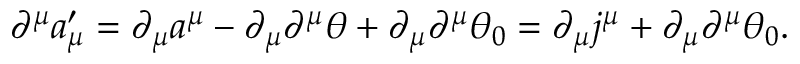
\partial ^ { \mu } a _ { \mu } ^ { \prime } = \partial _ { \mu } a ^ { \mu } - \partial _ { \mu } \partial ^ { \mu } \theta + \partial _ { \mu } \partial ^ { \mu } \theta _ { 0 } = \partial _ { \mu } j ^ { \mu } + \partial _ { \mu } \partial ^ { \mu } \theta _ { 0 } .